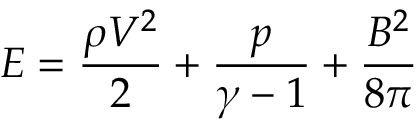
E = \frac { \rho V ^ { 2 } } { 2 } + \frac { p } { \gamma - 1 } + \frac { B ^ { 2 } } { 8 \pi }